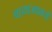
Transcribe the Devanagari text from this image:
पायाजवळची